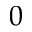
0